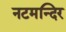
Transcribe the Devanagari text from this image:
नटमन्दिर